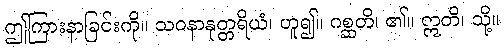
ဤကြားနာခြင်းကို။ သဝနာနုတ္တရိယံ၊ ဟူ၍။ ဂစ္ဆတိ၊ ၏။ ဣတိ၊ သို့။